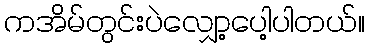
ကအိမ်တွင်းပဲလျှော့ပေါ့ပါတယ်။